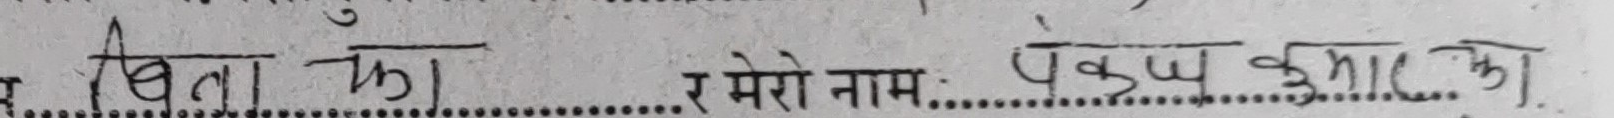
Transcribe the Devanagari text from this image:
र मेरो नाम: पंकज कुमार झा ।